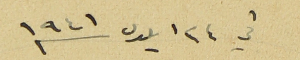
في ٢٤ ايلول سنه ١٩٤١